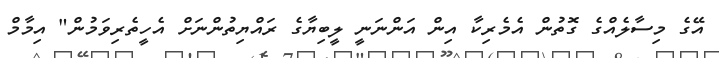
އޭގެ މިސާލެއްގެ ގޮތުން އެމެރިކާ އިން އަންނަނީ ލީބިޔާގެ ރައްޔިތުންނަށް އެހީތެރިވަމުން" އިމާމް